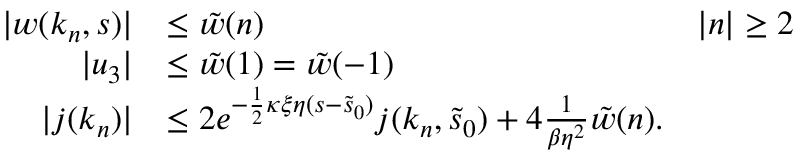
\begin{array} { r l r } { \vert w ( k _ { n } , s ) \vert } & { \le \tilde { w } ( n ) } & { \vert n \vert \ge 2 } \\ { \vert u _ { 3 } \vert } & { \le \tilde { w } ( 1 ) = \tilde { w } ( - 1 ) } \\ { \vert j ( k _ { n } ) \vert } & { \le 2 e ^ { - \frac 1 2 \kappa \xi \eta ( s - \tilde { s } _ { 0 } ) } j ( k _ { n } , \tilde { s } _ { 0 } ) + 4 \frac { 1 } { \beta \eta ^ { 2 } } \tilde { w } ( n ) . } \end{array}